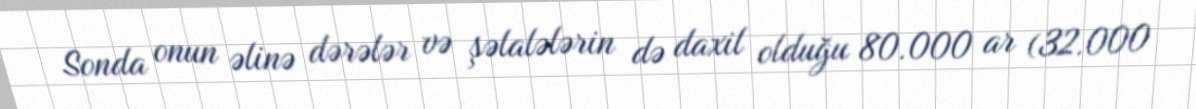
Sonda onun əlinə dərələr və şəlalələrin də daxil olduğu 80.000 ar (32.000